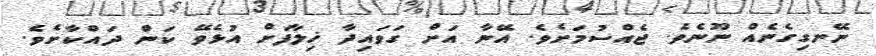
ނޭނގިގެނެއް ނޫނެވެ. ޖެއްސުމަށެވެ. އޭނާ އަށް ގަވައިދާ ޚިލާފަށް އުޅެވޭ ކަން ދައްކާށެވެެ.